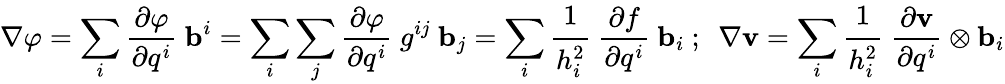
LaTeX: \nabla\varphi=\sum_{i}{\frac{\partial\varphi}{\partial q^{i}}}~\mathbf{b}^{i}=\sum_{i}\sum_{j}{\frac{\partial\varphi}{\partial q^{i}}}~g^{ij}~\mathbf{b}_{j}=\sum_{i}{\cfrac{1}{h_{i}^{2}}}~{\frac{\partial f}{\partial q^{i}}}~\mathbf{b}_{i}~;~~\nabla\mathbf{v}=\sum_{i}{\cfrac{1}{h_{i}^{2}}}~{\frac{\partial\mathbf{v}}{\partial q^{i}}}\otimes\mathbf{b}_{i}